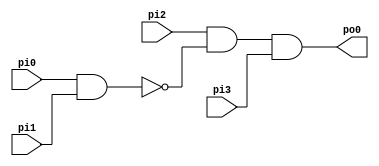
module y1_01 (
    pi0, pi1, pi2, pi3, 
    po0);
    input pi0, pi1, pi2, pi3;
    output po0;
    wire n0, n1;
  assign n0 = pi0 & pi1;
  assign n1 = pi2 & ~n0;
  assign po0 = n1 & pi3;
endmodule

// pi3 == n13 in y1_0